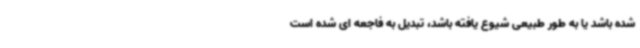
شده باشد یا به طور طبیعی شیوع یافته باشد، تبدیل به فاجعه ای شده است